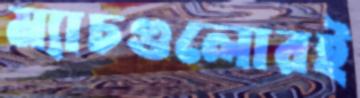
ম্যাচগুলোরই